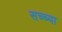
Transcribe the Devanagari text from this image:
सच्च्या